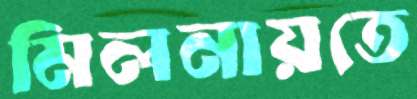
মিলনায়তে